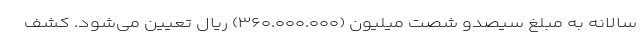
سالانه به مبلغ سیصدو شصت میلیون (۳۶۰.۰۰۰.۰۰۰) ریال تعیین می‌شود. کشف